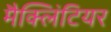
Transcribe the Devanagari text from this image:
मैक्लिंटियर